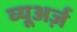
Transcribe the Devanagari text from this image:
व्यूअर्ज़